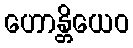
ဟောန္တိယေဝ